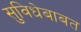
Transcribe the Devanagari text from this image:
सुविधेबाबत